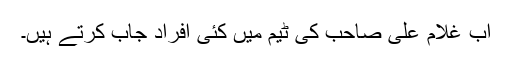
اب غلام علی صاحب کی ٹیم میں کئی افراد جاب کرتے ہیں۔